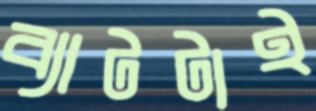
ব্যাটটাই